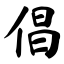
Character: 倡